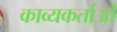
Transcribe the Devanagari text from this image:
काव्यकर्ताओं